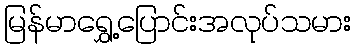
မြန်မာရွှေ့ပြောင်းအလုပ်သမား